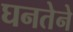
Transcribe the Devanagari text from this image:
घनतेने